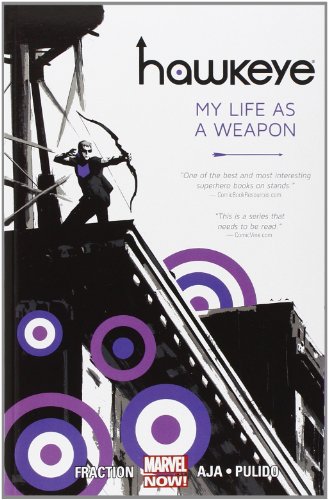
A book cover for Hawkeye, Vol. 1: My Life as a Weapon (Marvel NOW!); Matt Fraction; Comics & Graphic Novels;